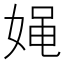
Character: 𰌉